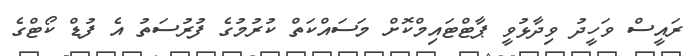
ރައީސް ވަހީދު ވިދާޅުވީ ޕާޓްޓައިމްކޮށް މަސައްކަތް ކުރުމުގެ ފުރުސަތު އެ ފުޑް ކޯޓްގެ